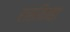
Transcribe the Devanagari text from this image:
रासकिन्हा